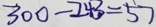
3 0 0 - 2 4 3 = 5 7